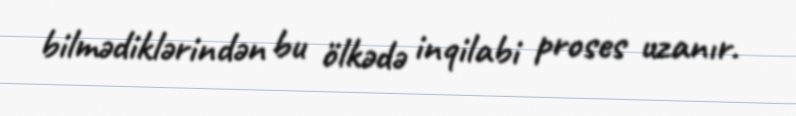
bilmədiklərindən bu ölkədə inqilabi proses uzanır.